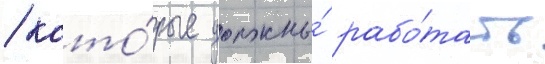
/ кото́рые должны́ рабо́тать